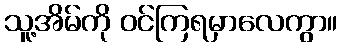
သူ့အိမ်ကို ဝင်ကြရမှာလေကွာ။